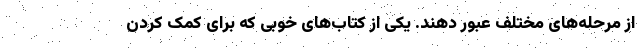
از مرحله‌های مختلف عبور دهند. یکی از کتاب‌های خوبی که برای کمک کردن